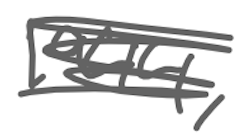
Text: 1944,
Cross-out: scratch
Writing tool: digital_gray